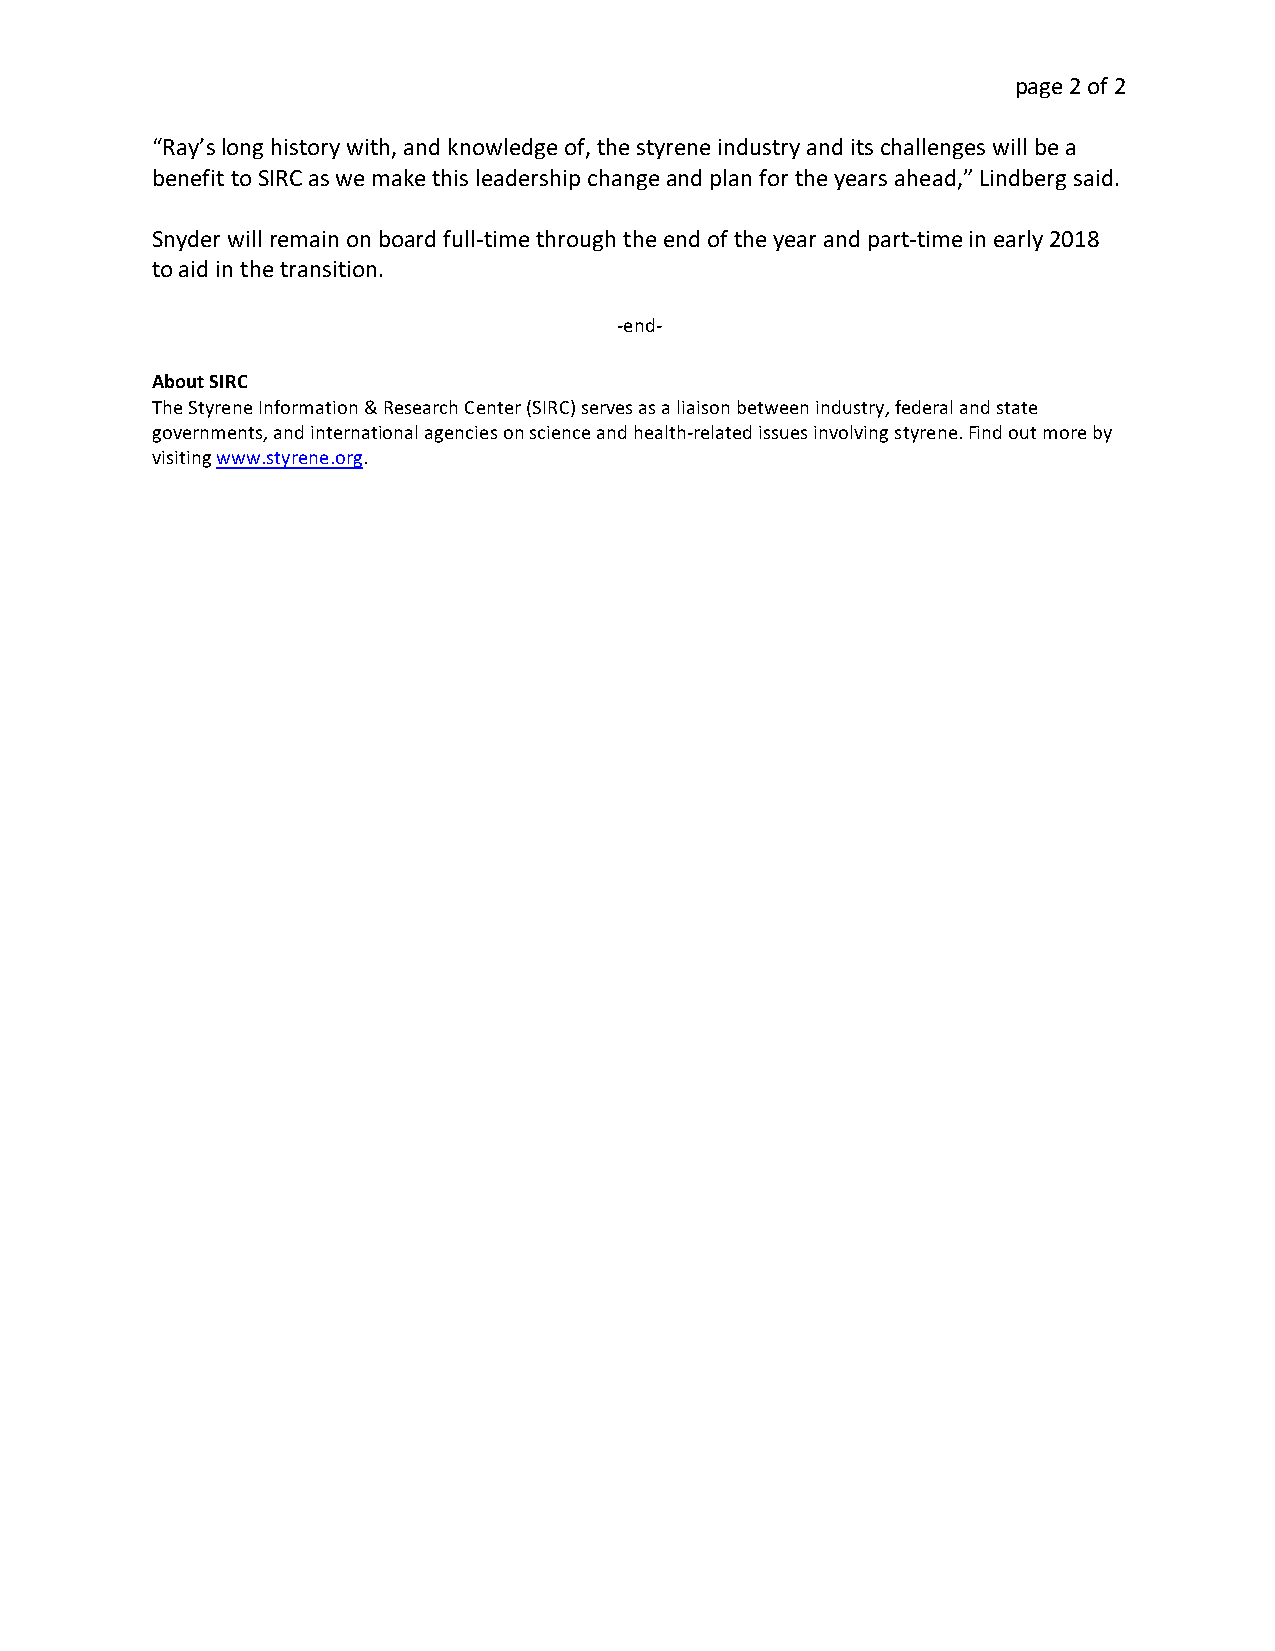
page 2 of 2
 “Ray’s long history with, and knowledge of, the styrene industry and its challenges will be a
 benefit to SIRC as we make this leadership change and plan for the years ahead,” Lindberg said.
 Snyder will remain on board full-time through the end of the year and part-time in early 2018
 to aid in the transition.
 -end-
 About SIRC
 The Styrene Information & Research Center (SIRC) serves as a liaison between industry, federal and state
 governments, and international agencies on science and health-related issues involving styrene. Find out more by
 visiting www.styrene.org.